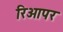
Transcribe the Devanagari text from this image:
रिओपर